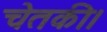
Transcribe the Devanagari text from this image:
चेतकी।